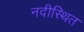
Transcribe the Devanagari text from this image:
नदीस्थित